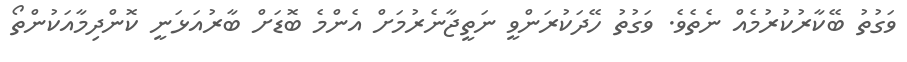
ވަގުތު ބޭކާރުކުރުމެއް ނެތެވެ. ވަގުތު ހޭދަކުރަންވީ ނަތީޖާނެރުމަށް އެންމެ ބޮޑަށް ބާރުއަޅަނީ ކޮންދިމާއަކުންތޯ